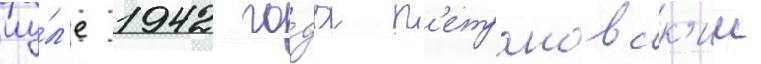
иу́л'е 1942 го́да п'етраковск'ии